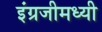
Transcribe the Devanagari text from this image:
इंग्रजीमध्यी